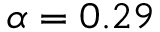
\alpha = 0 . 2 9